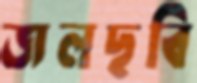
জলছবি